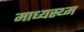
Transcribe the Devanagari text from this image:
माध्यस्थ्म